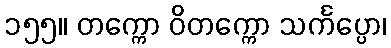
၁၅၅။ တက္ကော ဝိတက္ကော သင်္ကပ္ပော၊